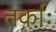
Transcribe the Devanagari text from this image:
तर्काः